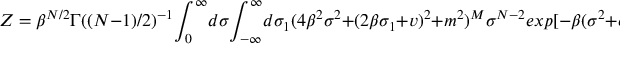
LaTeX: Z = \beta ^ { N / 2 } \Gamma ( ( N - 1 ) / 2 ) ^ { - 1 } { \LARGE \int _ { 0 } ^ { \infty } } d \sigma { \LARGE \int _ { - \infty } ^ { \infty } } d \sigma _ { 1 } ( 4 \beta ^ { 2 } \sigma ^ { 2 } + ( 2 \beta \sigma _ { 1 } + v ) ^ { 2 } + m ^ { 2 } ) ^ { M } \sigma ^ { N - 2 } e x p [ - \beta ( \sigma ^ { 2 } + \sigma _ { 1 } ^ { 2 } ) ]